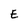
Character: E